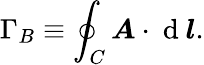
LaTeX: \Gamma_{B}\equiv\oint_{C}\boldsymbol{A}\cdot\mathrm{~d~}\boldsymbol{l}.